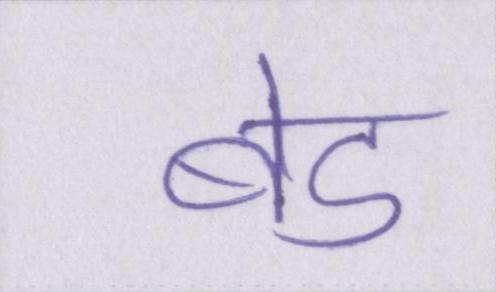
बेड